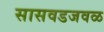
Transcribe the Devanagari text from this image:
सासवडजवळ